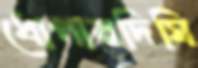
ধোপারদিঘি